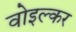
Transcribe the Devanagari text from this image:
वोइल्कर